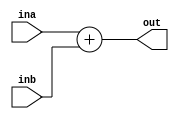
`timescale 1ns / 1ps

module adder #(parameter WIDTH = 32) (
    input [WIDTH-1:0] ina,
    input [WIDTH-1:0] inb,
    output reg [WIDTH-1:0] out
);

    // Add two 32-bit numbers
    always @(ina, inb) begin
         out = ina + inb;
    end

endmodule